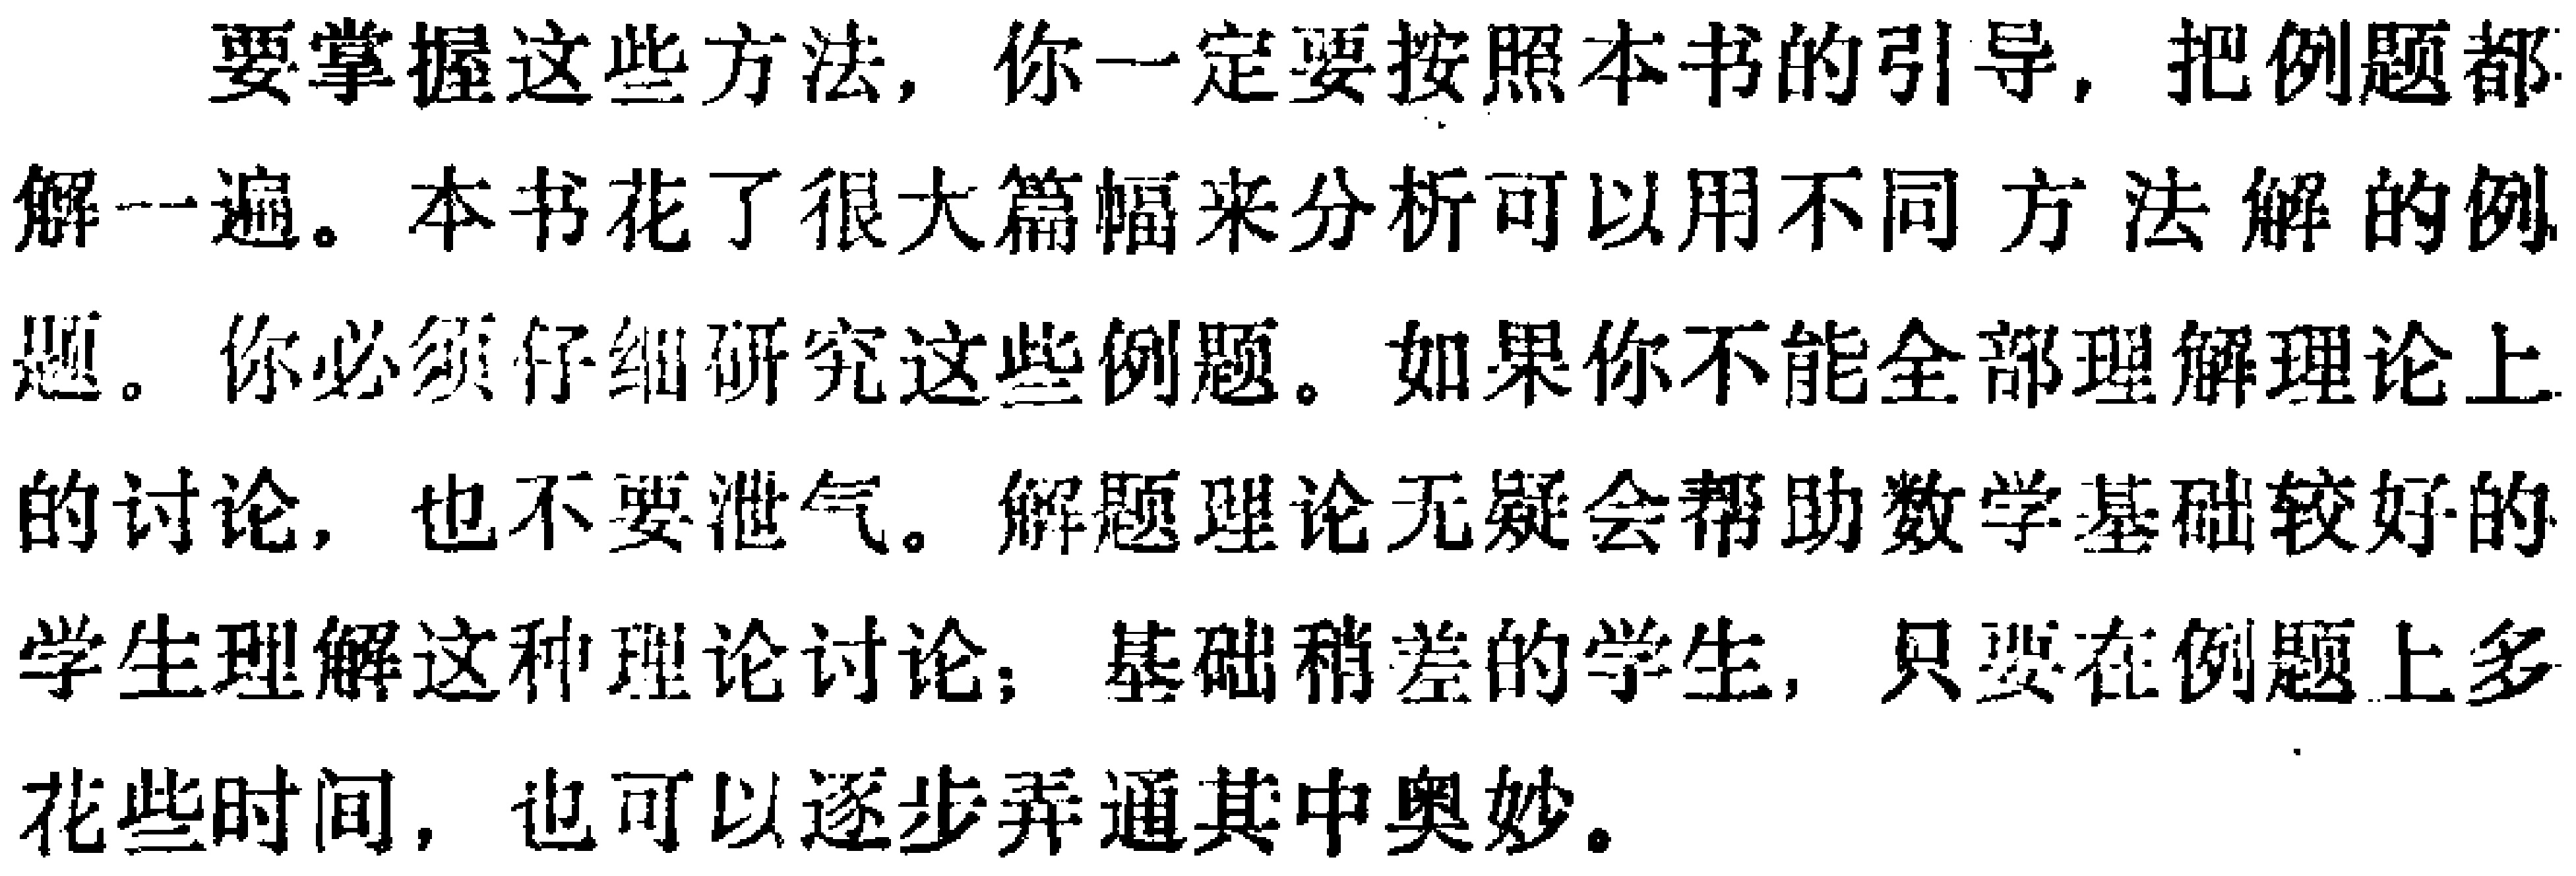
要掌握这些方法，你一定要按照本书的引导，把例题都解一遍。本书花了很大篇幅来分析可以用不同方法解的例题。你必须仔细研究这些例题。如果你不能全部理解理论上的讨论，也不要泄气。解题理论无疑会帮助数学基础较好的学生理解这种理论讨论；基础稍差的学生，只要在例题上多花些时间，也可以逐步弄通其中奥妙。